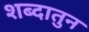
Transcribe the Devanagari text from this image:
शब्दातुन